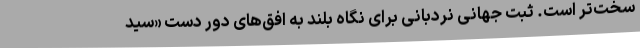
سخت‌تر است. ثبت جهانی نردبانی برای نگاه بلند به افق‌های دور دست «سید